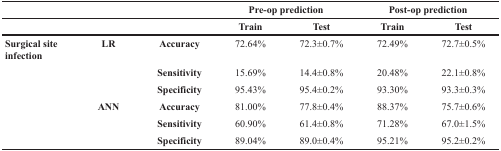
<table><thead><tr><td colspan="3"></td><td colspan="2"><b>Pre-op prediction</b></td><td colspan="2"><b>Post-op prediction</b></td></tr><tr><td colspan="3"></td><td><b>Train</b></td><td><b>Test</b></td><td><b>Train</b></td><td><b>Test</b></td></tr></thead><tbody><tr><td><b>Surgical site infection</b></td><td><b>LR</b></td><td><b>Accuracy</b></td><td>72.64%</td><td>72.3±0.7%</td><td>72.49%</td><td>72.7±0.5%</td></tr><tr><td></td><td></td><td><b>Sensitivity</b></td><td>15.69%</td><td>14.4±0.8%</td><td>20.48%</td><td>22.1±0.8%</td></tr><tr><td></td><td></td><td><b>Specificity</b></td><td>95.43%</td><td>95.4±0.2%</td><td>93.30%</td><td>93.3±0.3%</td></tr><tr><td></td><td><b>ANN</b></td><td><b>Accuracy</b></td><td>81.00%</td><td>77.8±0.4%</td><td>88.37%</td><td>75.7±0.6%</td></tr><tr><td></td><td></td><td><b>Sensitivity</b></td><td>60.90%</td><td>61.4±0.8%</td><td>71.28%</td><td>67.0±1.5%</td></tr><tr><td></td><td></td><td><b>Specificity</b></td><td>89.04%</td><td>89.0±0.4%</td><td>95.21%</td><td>95.2±0.2%</td></tr></tbody></table>